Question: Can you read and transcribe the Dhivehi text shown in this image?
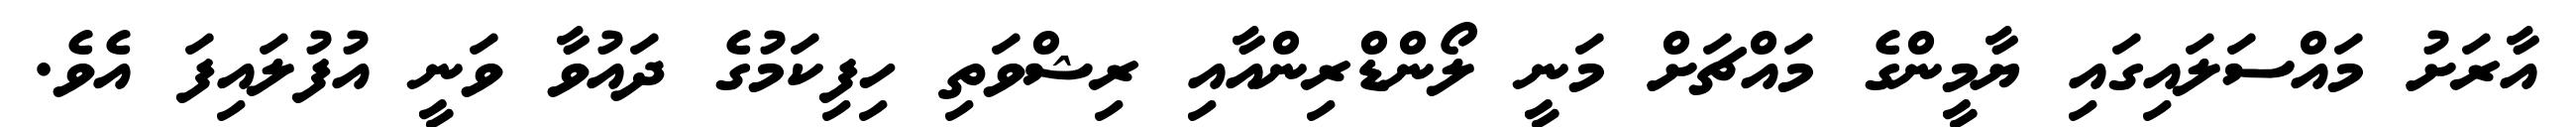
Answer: އާރަށު މައްސަލައިގައި ޔާމީންގެ މައްޗަށް މަނީ ލޯންޑްރިންއާއި ރިޝްވަތި ހިފިކަމުގެ ދައުވާ ވަނީ އުފުލައިފަ އެވެ.